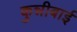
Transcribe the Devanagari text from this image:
कुन्नीबाई